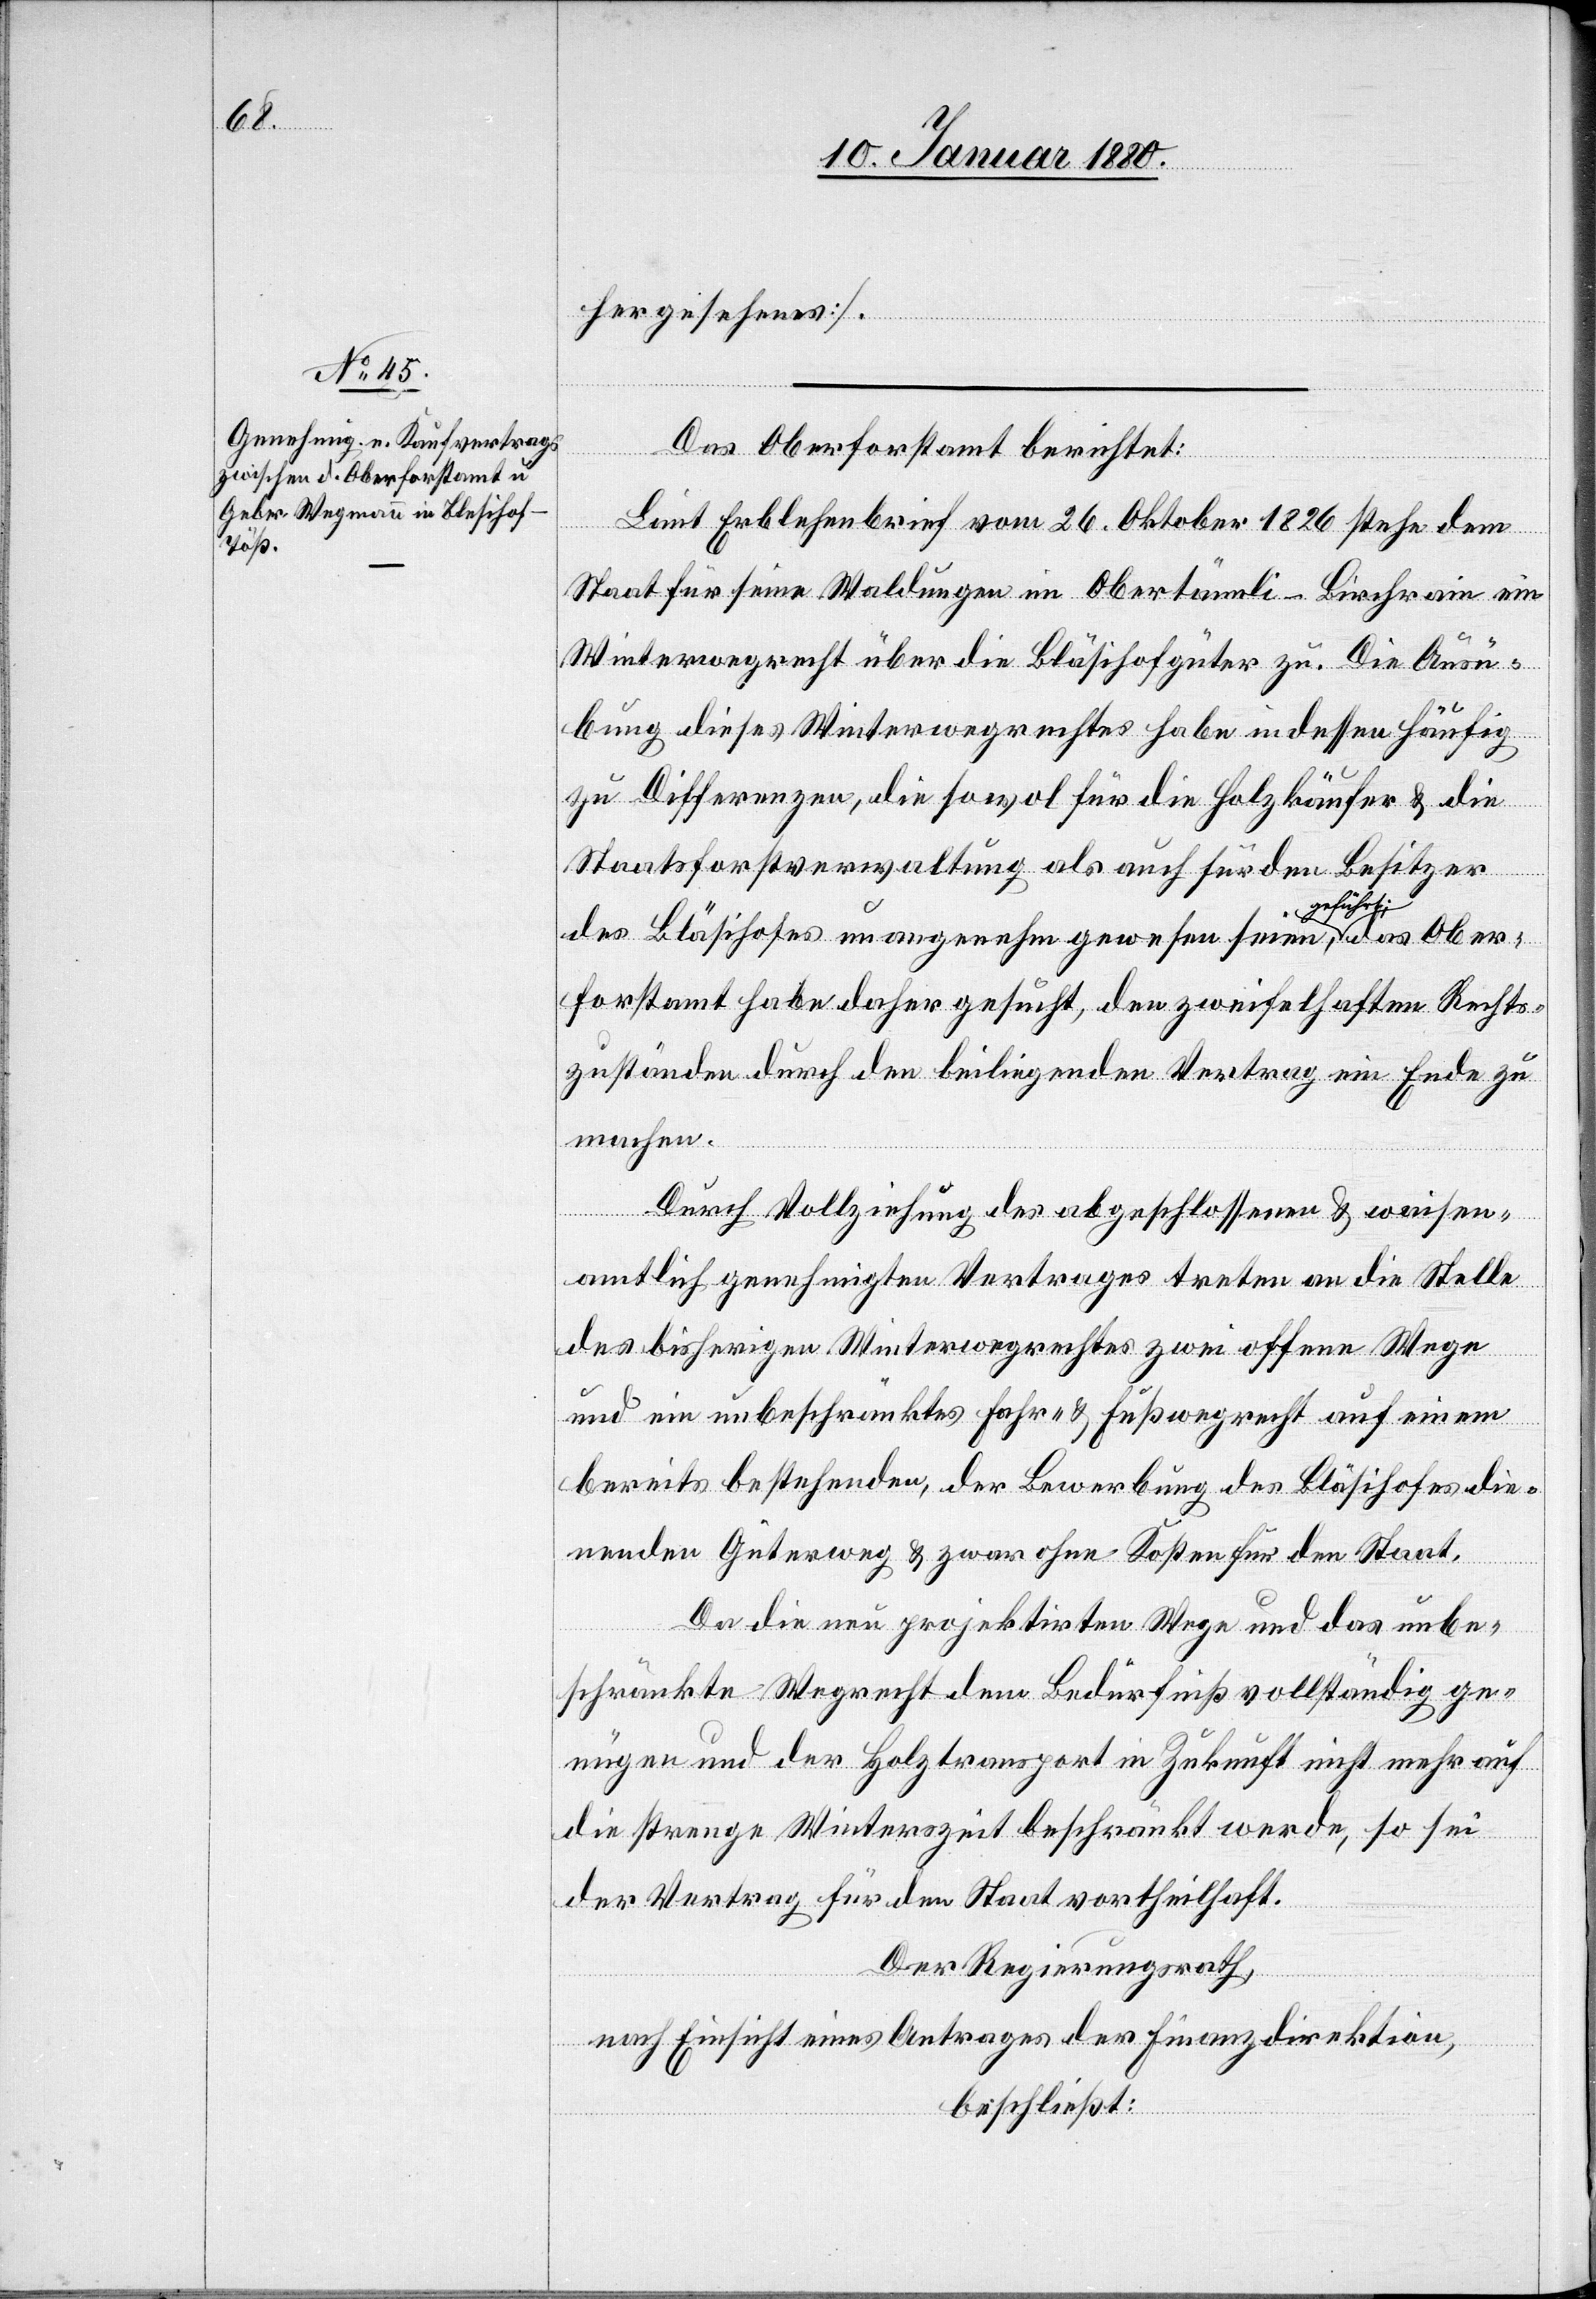
Ober¬
das

hergesehenes].
Das Oberforstamt berichtet:
Laut Erblehenbrief vom 26. Oktober 1826 stehe dem
Staat für seine Waldungen in Obertännli - Birchenrain ein
Winterwegrecht über die Bläsihofgüter [sic!] zu. Die Ausü¬
bung dieses Winterwegrechtes habe indessen häufig
zu Differenzen, die sowol für die Holzkäufer & die
Staatsforstverwaltung als auch für den Besitzer
führt-a,
des Bläsihofes unangenehm gewesen seien a-ge¬
forstamt habe daher gesucht, den zweifelhaften Rechts¬
zuständen durch den beiliegenden Vertrag ein Ende zu
machen.
Durch Vollziehung des abgeschlossenen & waisen¬
amtlich genehmigten Vertrages treten an die Stelle
des bisherigen Winterwegrechtes zwei offene Wege
und ein unbeschränktes Fahr- & Fußwegrecht auf einem
bereits bestehenden, der Bewerbung des Bläsihofes die¬
nenden Güterweg & zwar ohne Kosten für den Staat.
Da die neu projektirten Wege und das unbe¬
schränkte Wegrecht dem Bedürfniß vollständig ge¬
nügen und der Holztransport in Zukunft nicht mehr auf
die strenge Winterszeit beschränkt werde, so sei
der Vertrag für den Staat vortheilhaft.
Der Regierungsrath,
nach Einsicht eines Antrages der Finanzdirektion,
beschließt: